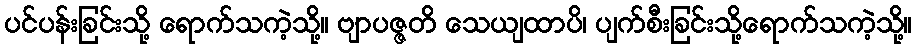
ပင်ပန်းခြင်းသို့ ရောက်သကဲ့သို့။ ဗျာပဇ္ဇတိ သေယျထာပိ၊ ပျက်စီးခြင်းသို့ရောက်သကဲ့သို့။